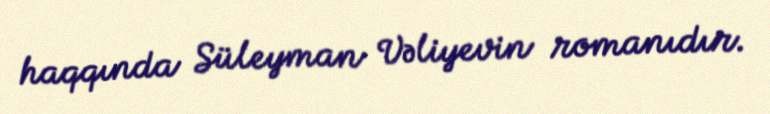
haqqında Süleyman Vəliyevin romanıdır.